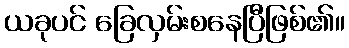
ယခုပင် ခြေလှမ်းစနေပြီဖြစ်၏။